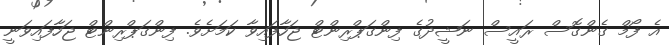
އެ ފޯމް ގެންގޮސް ރައީސް ނަޝީދުގެ ފިންގަޕްރިންޓް ޖަހާފައިވާ ކަމަށެވެ. ފިންގަޕްރިންޓް ޖަހާފައިވަނީ